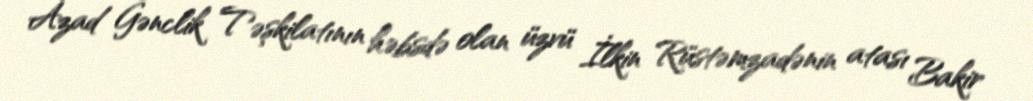
Azad Gənclik Təşkilatının həbsdə olan üzvü İlkin Rüstəmzadənin atası Bakir